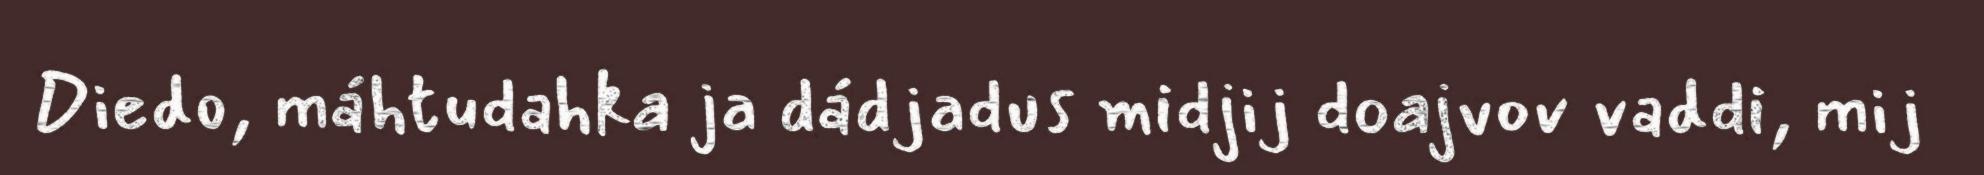
Diedo, máhtudahka ja dádjadus midjij doajvov vaddi, mij